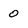
Character: 0